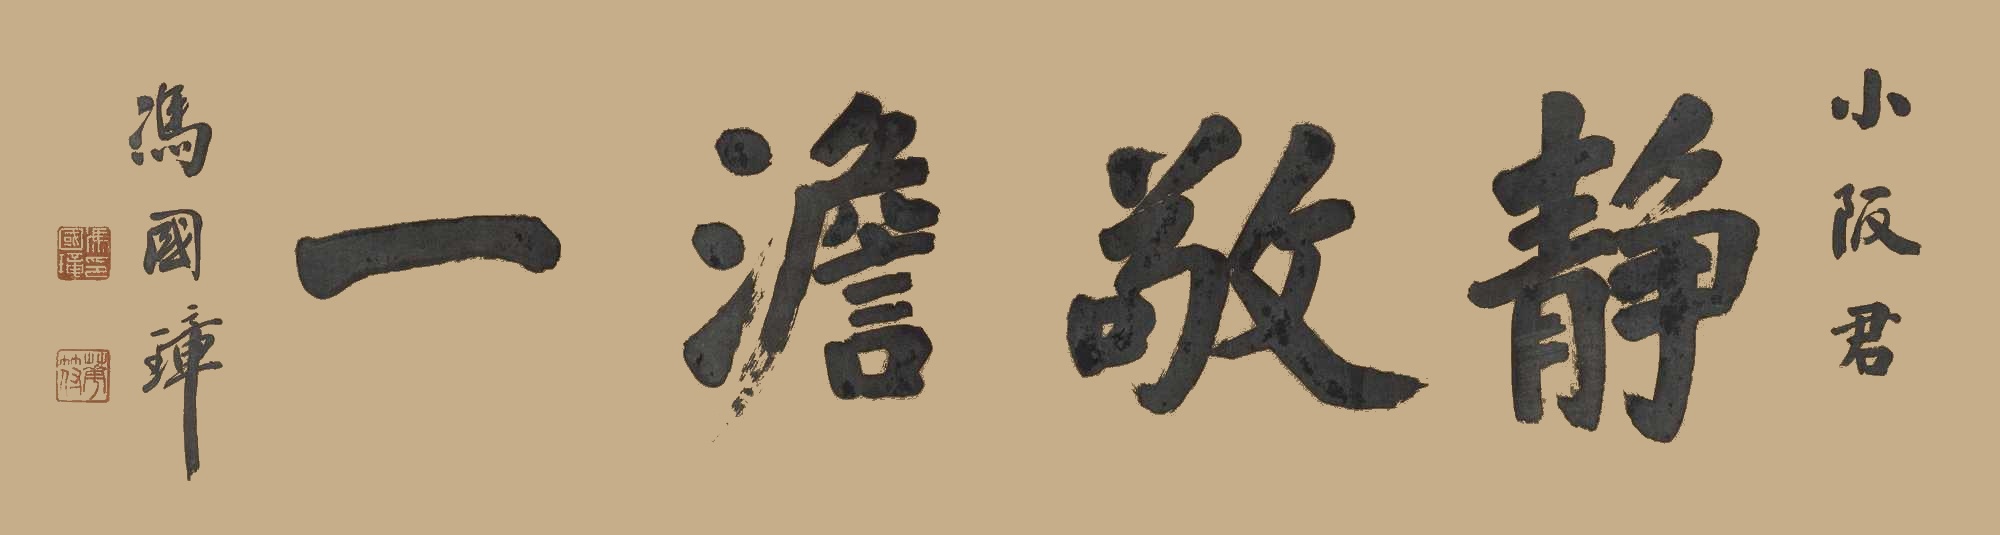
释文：静敬澹一小阪君。冯国璋。